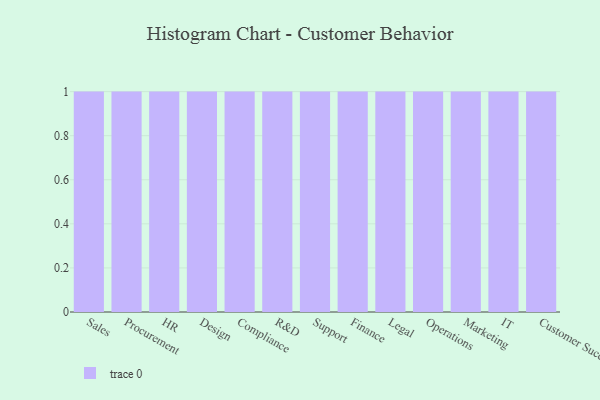
{"axis": {"x": "Department", "y": "Latency (ms)"}, "legend": [""], "data": [{"x": "Sales", "y": 76, "type": ""}, {"x": "Procurement", "y": 16, "type": ""}, {"x": "HR", "y": 27, "type": ""}, {"x": "Design", "y": 8, "type": ""}, {"x": "Compliance", "y": 46, "type": ""}, {"x": "R&D", "y": 28, "type": ""}, {"x": "Support", "y": 70, "type": ""}, {"x": "Finance", "y": 100, "type": ""}, {"x": "Legal", "y": 48, "type": ""}, {"x": "Operations", "y": 54, "type": ""}, {"x": "Marketing", "y": 92, "type": ""}, {"x": "IT", "y": 20, "type": ""}, {"x": "Customer Success", "y": 46, "type": ""}]}